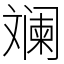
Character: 斓